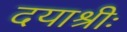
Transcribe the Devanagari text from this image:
दयाश्रीः